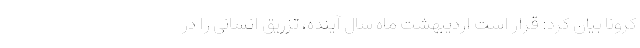
کرونا بیان کرد: قرار است اردیبهشت ماه سال آینده، تزریق انسانی را در